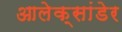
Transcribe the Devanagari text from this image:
आलेक्सांडेर